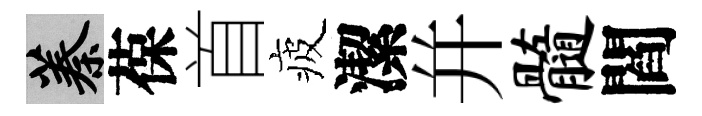
蓁葆首疲潔幷髓閻